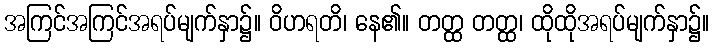
အကြင်အကြင်အရပ်မျက်နှာ၌။ ဝိဟရတိ၊ နေ၏။ တတ္ထ တတ္ထ၊ ထိုထိုအရပ်မျက်နှာ၌။